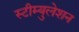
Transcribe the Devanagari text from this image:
स्टीम्युलेशन